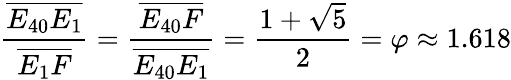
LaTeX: {\frac{\overline{{E_{40}E_{1}}}}{\overline{{E_{1}F}}}}={\frac{\overline{{E_{40}F}}}{\overline{{E_{40}E_{1}}}}}={\frac{1+{\sqrt{5}}}{2}}=\varphi\approx 1.618